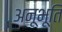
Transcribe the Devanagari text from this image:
अनूभूति